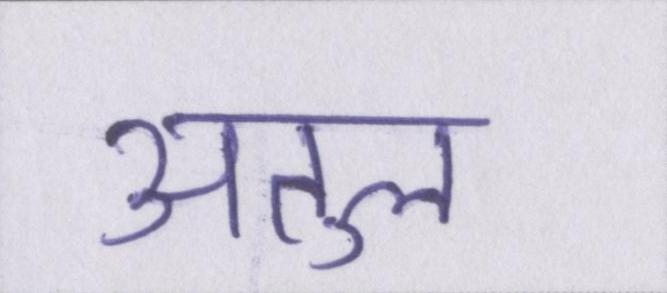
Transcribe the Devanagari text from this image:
अतुल